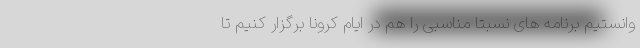
وانستیم برنامه های نسبتا مناسبی را هم در ایام کرونا برگزار کنیم تا